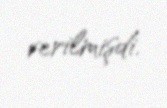
verilmişdi.